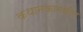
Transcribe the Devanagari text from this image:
कथानकामधील